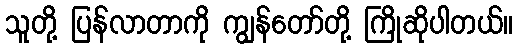
သူတို့ ပြန်လာတာကို ကျွန်တော်တို့ ကြိုဆိုပါတယ်။